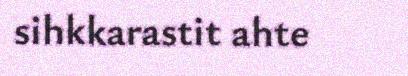
sihkkarastit ahte